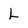
Character: L